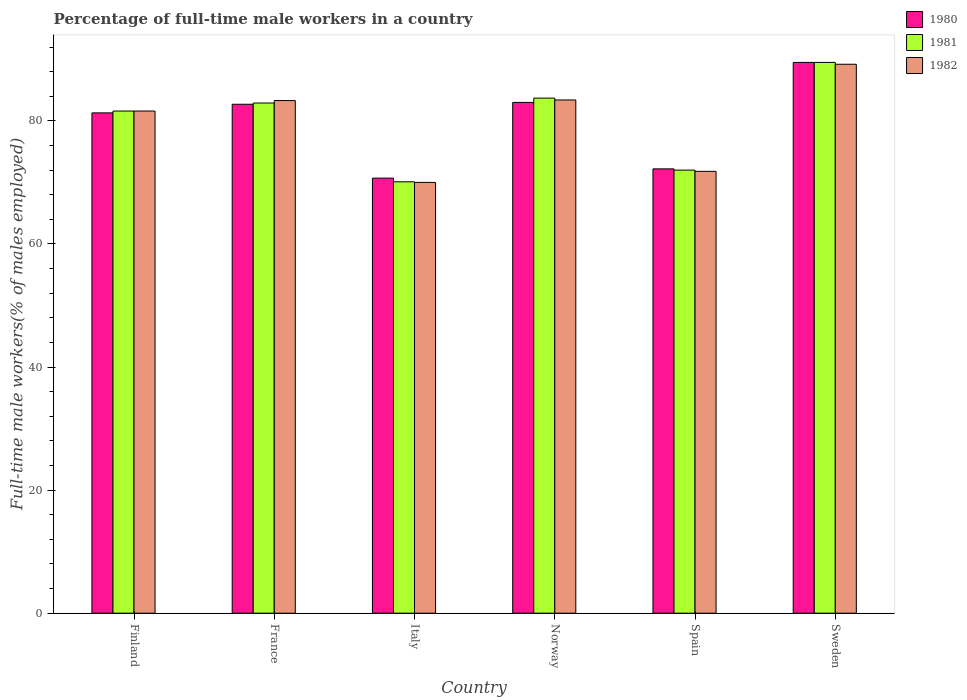
| Country | 1980 | 1981 | 1982 |
 | --- | --- | --- | --- |
 | Finland | 81.3 | 81.6 | 81.6 |
 | France | 82.7 | 82.9 | 83.3 |
 | Italy | 70.7 | 70.1 | 70 |
 | Norway | 83 | 83.7 | 83.4 |
 | Spain | 72.2 | 72 | 71.8 |
 | Sweden | 89.5 | 89.5 | 89.2 |